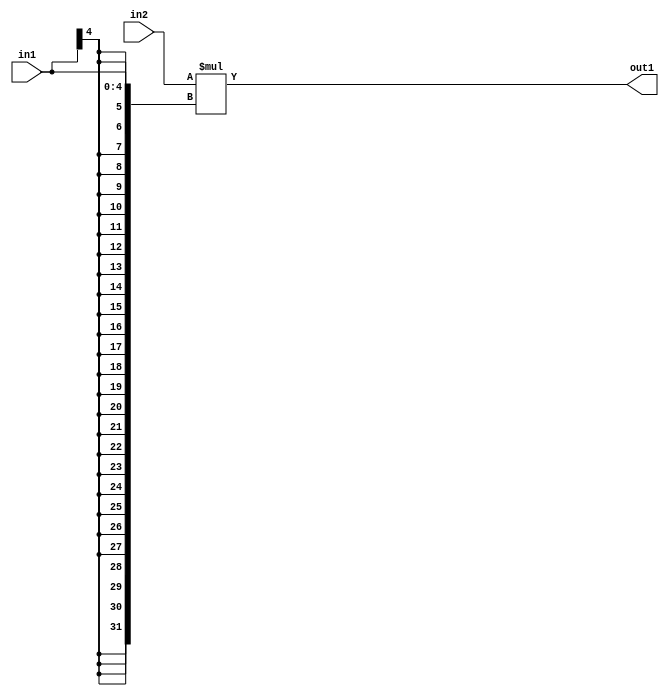
`timescale 1ps / 1ps
/*****************************************************************************
    Verilog RTL Description
    
    
    Created by: Stratus DpOpt 21.05.01 
*******************************************************************************/

module SobelFilter_Mul_32Sx5S_32S_4 (
	in2,
	in1,
	out1
	); /* architecture "behavioural" */ 
input [31:0] in2;
input [4:0] in1;
output [31:0] out1;
wire [31:0] asc001;

assign asc001 = 
	+(in2 * {{27{in1[4]}}, in1});

assign out1 = asc001;
endmodule

/* CADENCE  ubPySgg= : u9/ySxbfrwZIxEzHVQQV8Q== ** DO NOT EDIT THIS LINE ******/